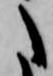
た